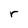
Character: r